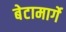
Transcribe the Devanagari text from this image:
बेटामार्गे